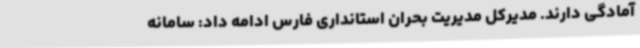
آمادگی دارند. مدیرکل مدیریت بحران استانداری فارس ادامه داد: سامانه